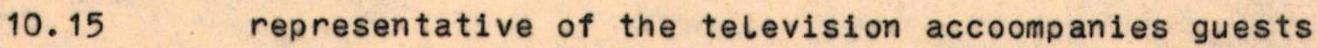
10.15  representative of the television accoompanies guests